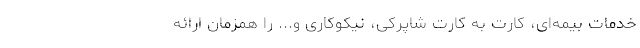
خدمات بیمه‌ای، کارت به کارت شاپرکی، نیکوکاری و... را همزمان ارائه